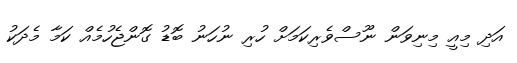
އަދި މިއީ މިނިވަން ނޫސްވެރިކަމަށް ހުރި ނުހަނު ބޮޑު ގޮންޖެހުމެއް ކަމާ މެދަކު